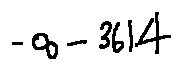
- \infty - 3 6 1 . 4